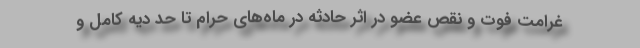
غرامت فوت و نقص عضو در اثر حادثه در ماه‌های حرام تا حد دیه کامل و